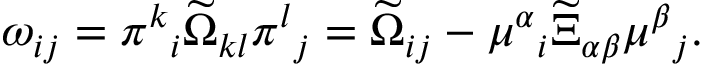
\omega _ { i j } = \pi ^ { k } { } _ { i } \widetilde \Omega _ { k l } \pi ^ { l } { } _ { j } = \widetilde \Omega _ { i j } - \mu ^ { \alpha } { } _ { i } \widetilde \Xi _ { \alpha \beta } \mu ^ { \beta } { } _ { j } .